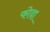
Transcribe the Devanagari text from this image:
फोदा